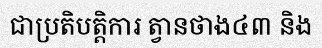
ជាប្រតិបត្តិការ ត្វានថាង៤៣ និង